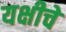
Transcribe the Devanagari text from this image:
यक्षीचे